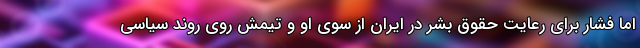
اما فشار برای رعایت حقوق بشر در ایران از سوی او و تیمش روی روند سیاسی